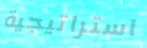
استراتيجية